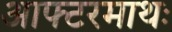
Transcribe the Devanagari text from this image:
आफ्टरमाथः